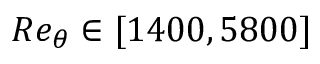
R e _ { \theta } \in [ 1 4 0 0 , 5 8 0 0 ]